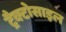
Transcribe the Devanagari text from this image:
ट्रैक्टोसाइल